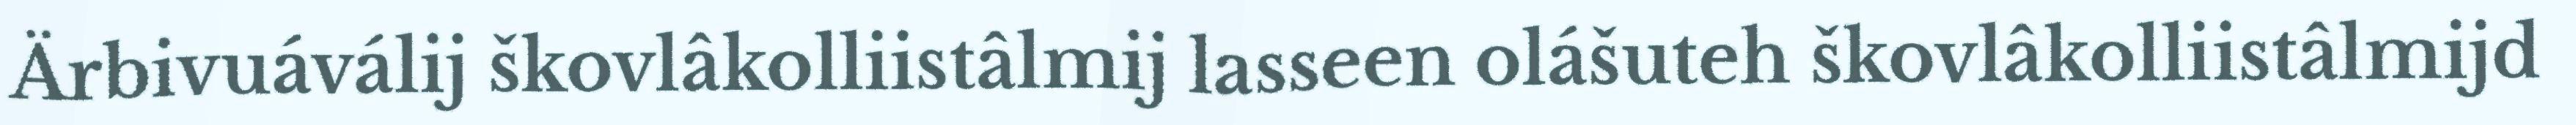
Ärbivuáválij škovlâkolliistâlmij lasseen olášuteh škovlâkolliistâlmijd